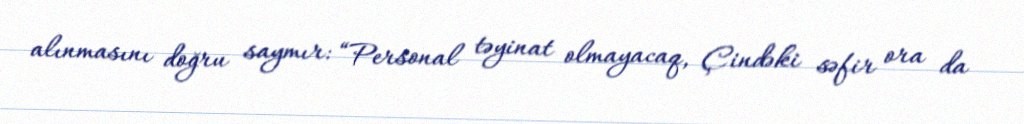
alınmasını doğru saymır: “Personal təyinat olmayacaq, Çindəki səfir ora da